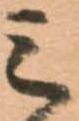
三